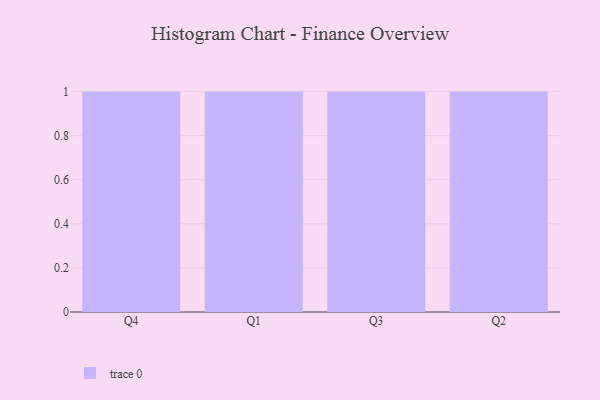
{"axis": {"x": "Quarter", "y": "Revenue (USD Million)"}, "legend": [""], "data": [{"x": "Q4", "y": 14, "type": ""}, {"x": "Q1", "y": 6, "type": ""}, {"x": "Q3", "y": 95, "type": ""}, {"x": "Q2", "y": 95, "type": ""}]}